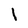
Character: l